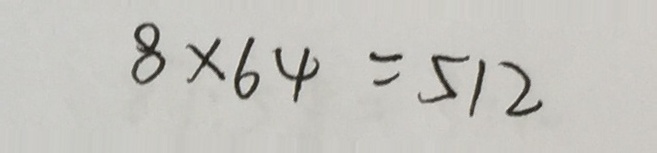
8 \times 6 4 = 5 1 2